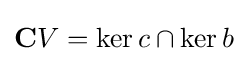
\mathbf {C} V=\ker c\cap \ker b